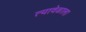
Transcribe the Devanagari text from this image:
त्यावेळाला